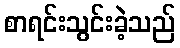
စာရင်းသွင်းခဲ့သည်